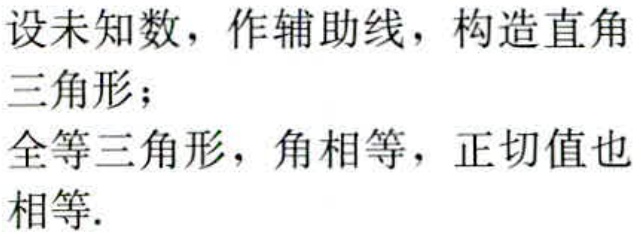
设未知数，作辅助线，构造直角三角形；

全等三角形，角相等，正切值也相等.